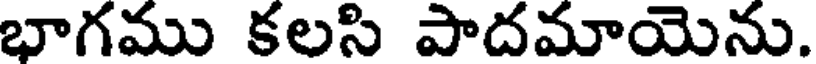
భాగము కలసి పాదమాయెను.